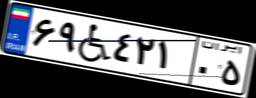
۶۹W۴۲۱۰۵